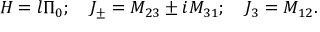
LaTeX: H = l \Pi _ { 0 } ; \quad J _ { \pm } = M _ { 2 3 } \pm i M _ { 3 1 } ; \quad J _ { 3 } = M _ { 1 2 } .